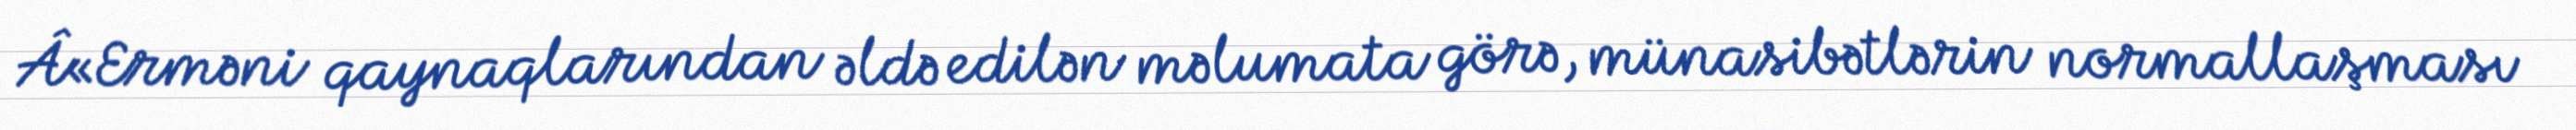
Â«Erməni qaynaqlarından əldə edilən məlumata görə, münasibətlərin normallaşması